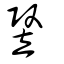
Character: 豎